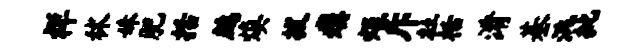
祥秫妹肥括鹧焕拔瘼炬斥杜栝淆基洮批